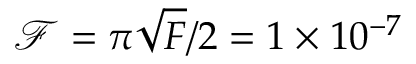
\mathcal { F } = \pi \sqrt { F } / 2 = 1 \times 1 0 ^ { - 7 }